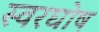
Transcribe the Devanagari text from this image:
स्वरघोष